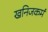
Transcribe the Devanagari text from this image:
खनिजकर्म